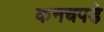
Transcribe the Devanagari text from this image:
कनचपडे़